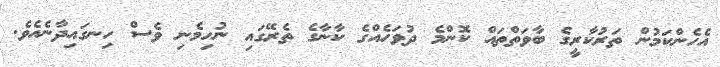
އެހެންކަމުން ތަރުކާރީގެ ބާވަތްތައް ކޮންމެ ދުވަހެއްގެ ކާނާގެ ތެރޭގައި ނުހިމެނި ވެސް ހިނގައިދާނެއެވެ.